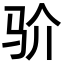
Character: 𩧦